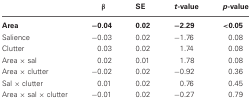
|  | β | SE | t-value | p-value |
 | --- | --- | --- | --- | --- |
 | Area | −0.04 | 0.02 | −2.29 | <0.05 |
 | Salience | −0.03 | 0.02 | −1.76 | 0.08 |
 | Clutter | 0.03 | 0.02 | 1.74 | 0.08 |
 | Area × sal | 0.02 | 0.01 | 1.78 | 0.08 |
 | Area × clutter | −0.02 | 0.02 | −0.92 | 0.36 |
 | Sal × clutter | 0.01 | 0.02 | 0.76 | 0.45 |
 | Area × sal × clutter | −0.01 | 0.02 | −0.27 | 0.79 |